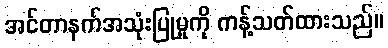
အင်တာနက်အသုံးပြုမှုကို ကန့်သတ်ထားသည်။